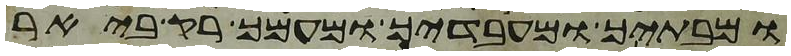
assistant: ומבתיך ומעבדיך ומעמך רק ביאר